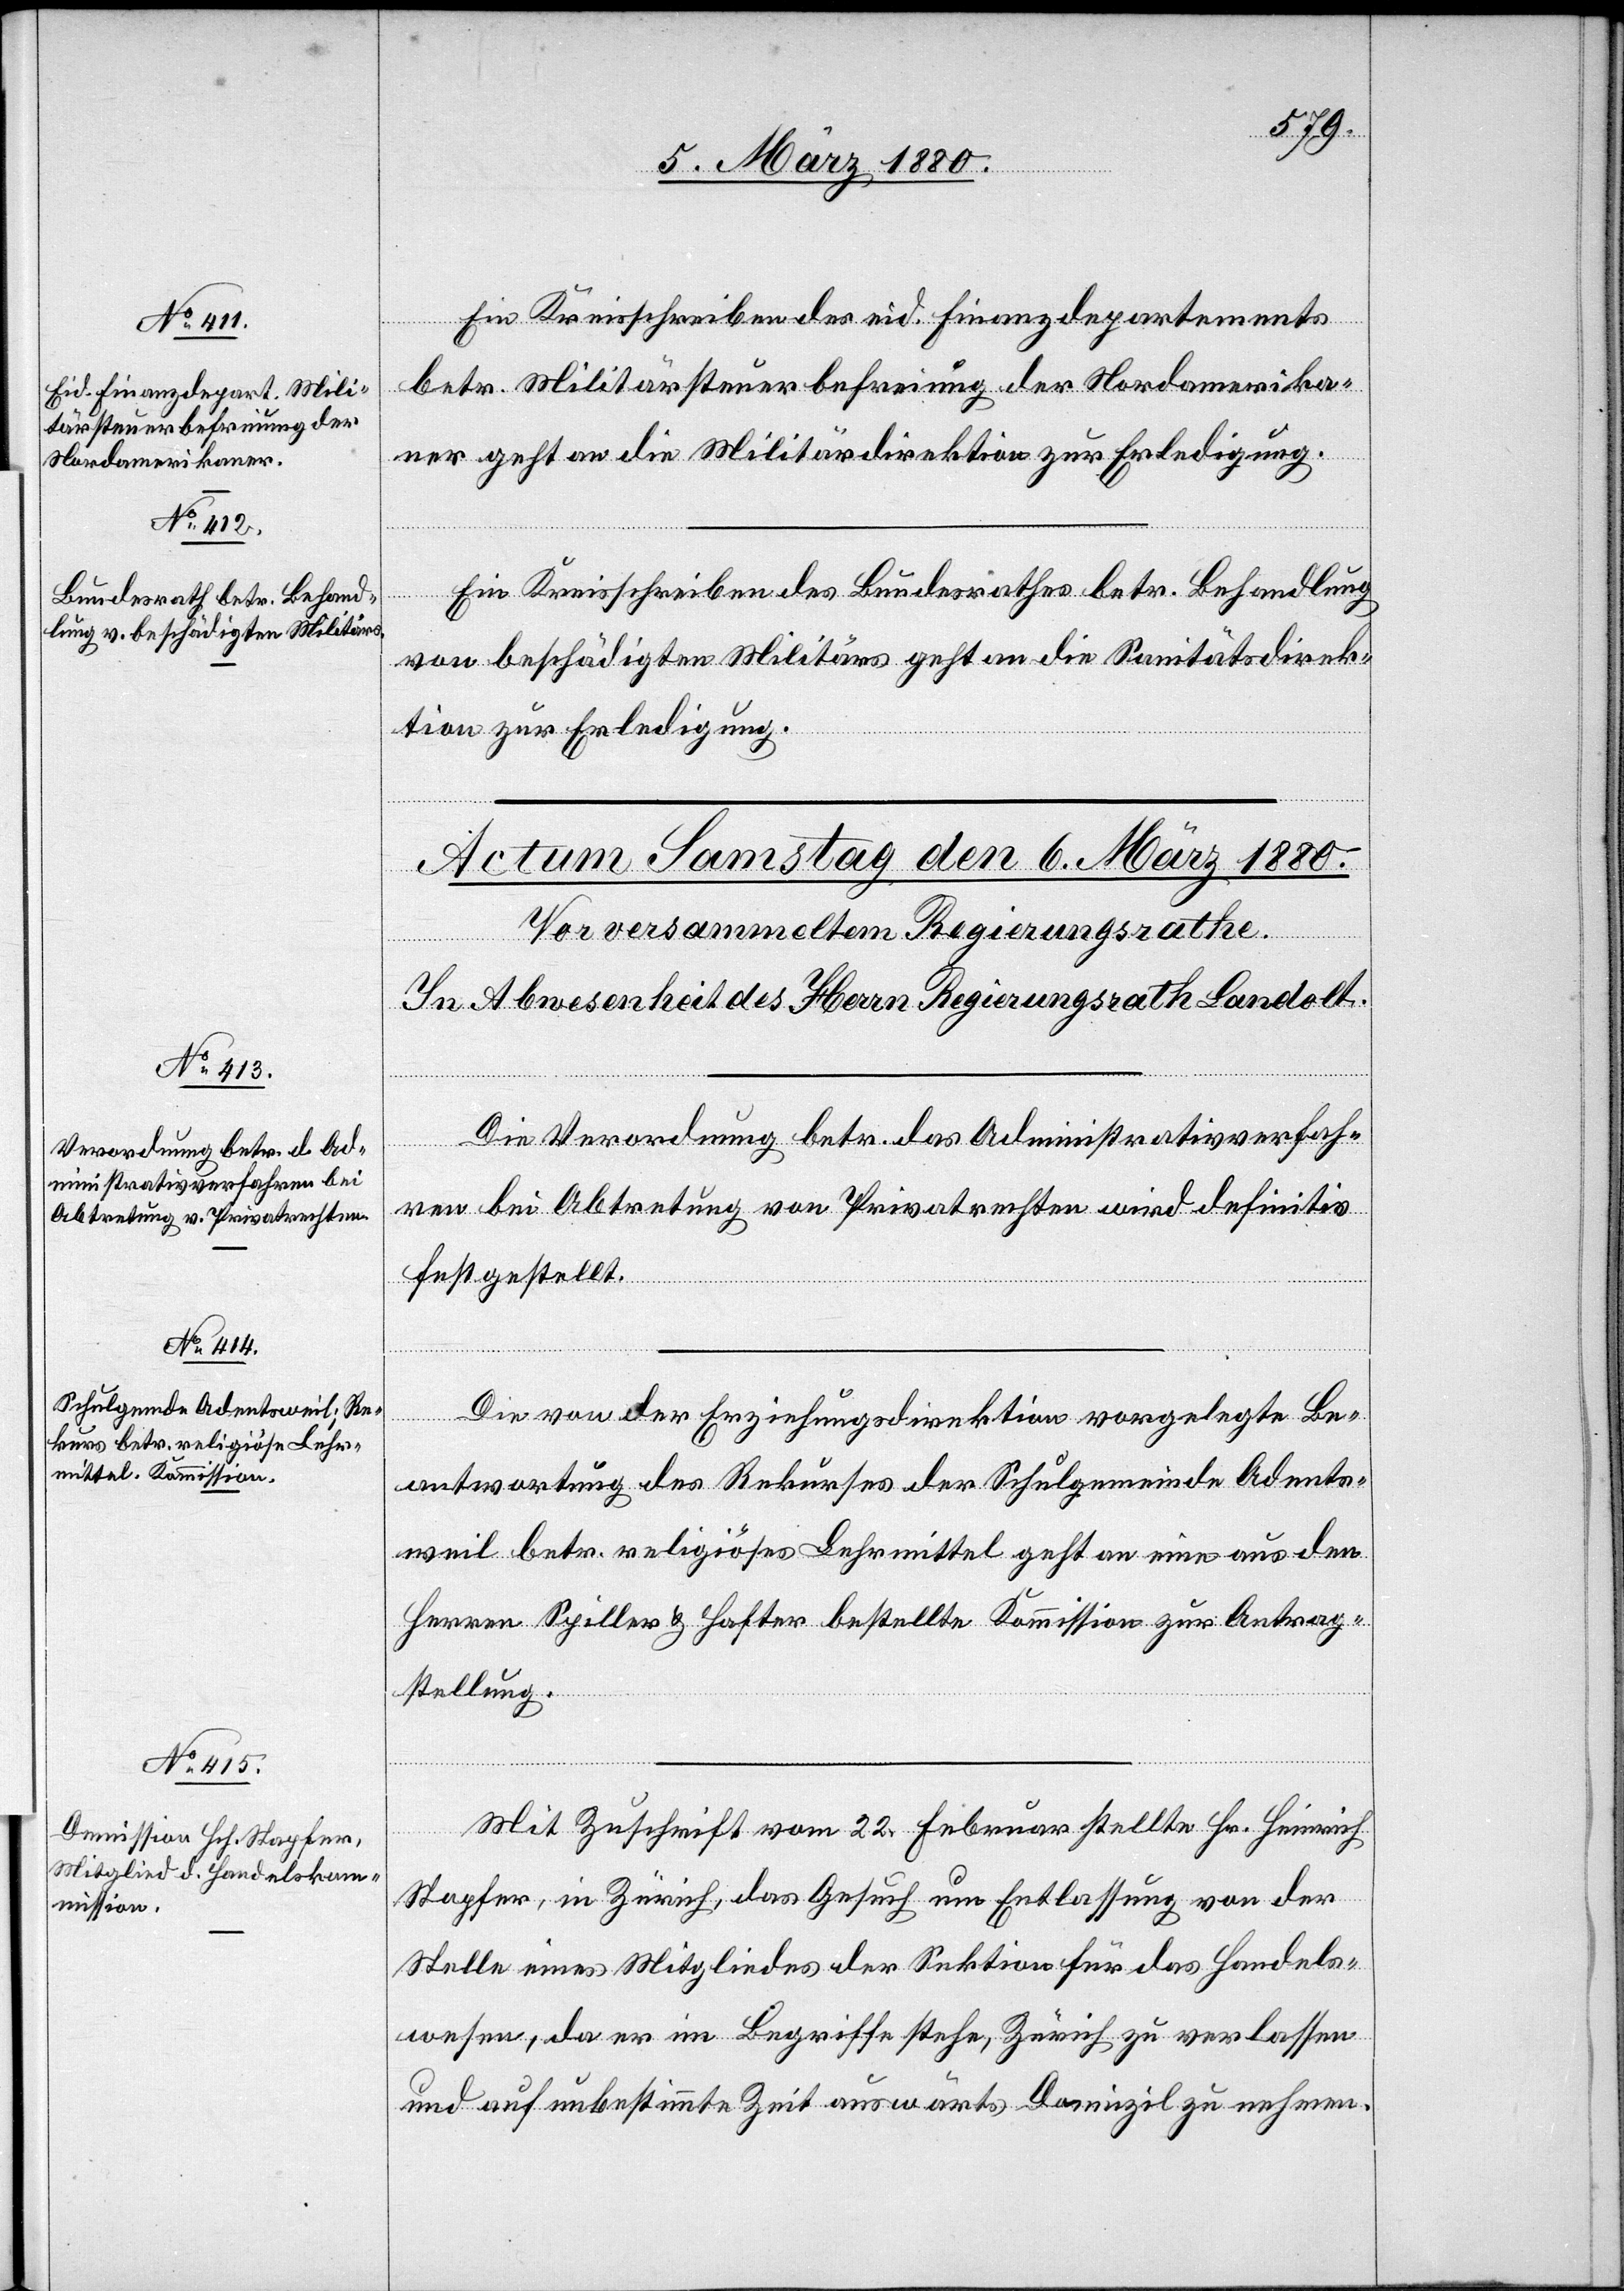
5. März 1880.]
Ein Kreisschreiben des eid. Finanzdepartements
betr. Militärsteuerbefreiung der Nordamerika¬
ner geht an die Militärdirektion zur Erledigung.
Ein Kreisschreiben des Bundesrathes betr. Behandlung
von beschädigten Militärs geht an die Sanitätsdirek¬
tion zur Erledigung.
Die Verordnung betr. das Administrativverfah¬
ren bei Abtretung von Privatrechten wird definitiv
festgestellt.
Die von der Erziehungsdirektion vorgelegte Be¬
antwortung des Rekurses der Schulgemeinde Adents¬
weil betr. religiöses Lehrmittel geht an eine aus den
Herren Spiller & Hafter bestellte Kommission zur Antrag¬
stellung.
Mit Zuschrift vom 22. Februar stellt Hr. Heinrich
Stapfer, in Zürich, das Gesuch um Entlassung von der
Stelle eines Mitgliedes der Sektion für das Handels¬
wesen, da er im Begriffe stehe, Zürich zu verlassen
und auf unbestimmte Zeit auswärts Domizil zu nehmen.